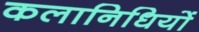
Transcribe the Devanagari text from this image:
कलानिधियों